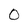
Character: 0